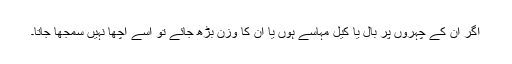
اگر ان کے چہروں پر بال یا کیل مہاسے ہوں یا ان کا وزن بڑھ جائے تو اسے اچھا نہیں سمجھا جاتا۔